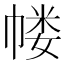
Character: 𰏜